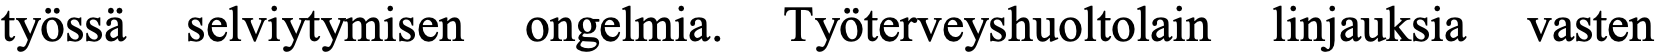
työssä selviytymisen ongelmia. Työterveyshuoltolain linjauksia vasten